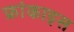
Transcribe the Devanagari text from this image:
फ्रांकाइस